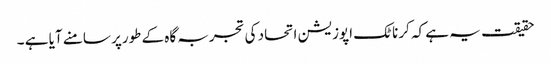
حقیقت یہ ہے کہ کرناٹک اپوزیشن اتحاد کی تجربہ گاہ کے طورپر سامنے آیا ہے ۔